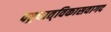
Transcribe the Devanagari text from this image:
पश्र्चात्‌विकासवागद